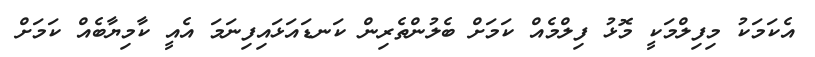
އެކަމަކު މިފިލްމަކީ މޮޅު ފިލްމެއް ކަމަށް ބެލުންތެރިން ކަނޑައަޅައިފިނަމަ އެއީ ކާމިޔާބެއް ކަމަށް